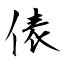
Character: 俵